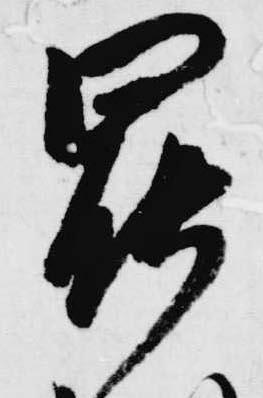
罷